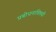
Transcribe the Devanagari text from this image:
प्रबोधनाविषयी